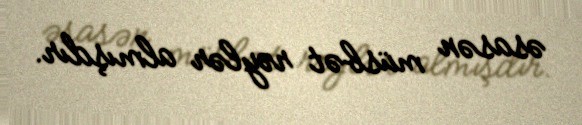
əsasən müsbət rəylər almışdır.